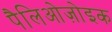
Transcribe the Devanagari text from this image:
पैलिओज़ोइक